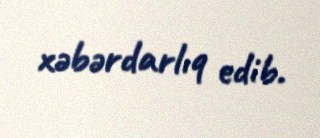
xəbərdarlıq edib.